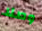
وصلا